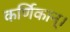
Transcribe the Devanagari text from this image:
कर्णिकान्‌।